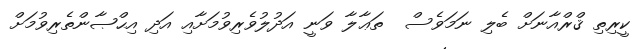
ކީރިތި ޤްރްއާނަށް ބެލި ނަމަވެސް  ތަޢާލާ ވަނީ އަދުލުވެރިިވުމަށާއި އަދި އިޙްޞާންތެރިވުމަށް